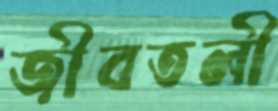
জীবতলী